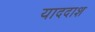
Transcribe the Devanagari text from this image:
याददाश